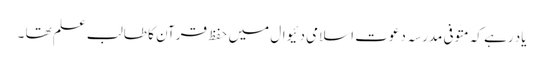
یاد رہے کہ متوفی مدرسہ دعوت اسلامی دئیوال میں حفظ قرآن کا طالب علم تھا ۔